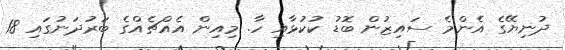
ދުނިޔޭގެ އެންމެ ސައިޒުން ބޮޑު ކުކުޅާއި ހާ. މިއިން އެއްޗެއްގެ ބަރުދަނުގައި 18